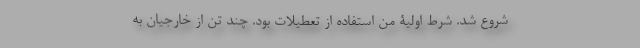
شروع شد. شرط اولیۀ من استفاده از تعطیلات بود. چند تن از خارجیان به